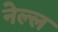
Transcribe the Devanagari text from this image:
नेल्ल